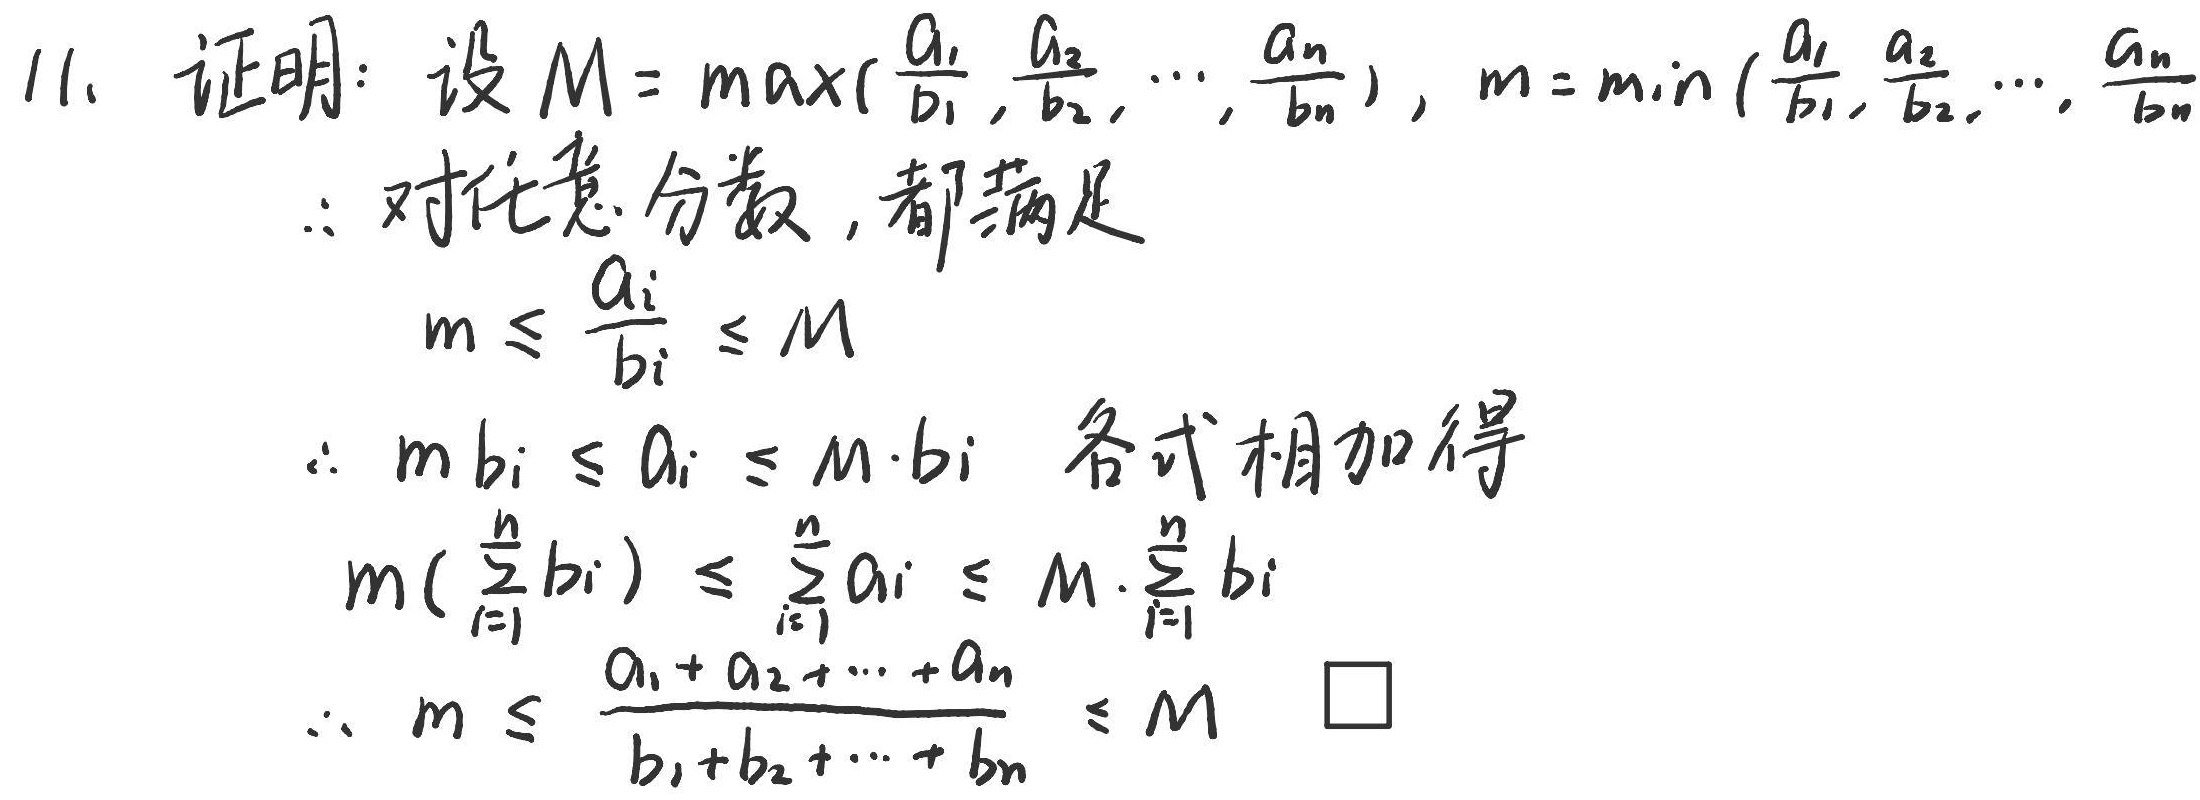
11. 证明：设 \(M=\max(\frac{a_1}{b_1},\frac{a_2}{b_2},\cdots,\frac{a_n}{b_n})\)，\(m = \min(\frac{a_1}{b_1},\frac{a_2}{b_2},\cdots,\frac{a_n}{b_n})\)。

\(\therefore\)对任意 \(i\)，都满足\(m\leq\frac{a_i}{b_i}\leq M\)。

\(\therefore mb_i\leq a_i\leq M\cdot b_i\)，各式相加得\(m(\sum_{i = 1}^{n}b_i)\leq\sum_{i = 1}^{n}a_i\leq M\cdot\sum_{i = 1}^{n}b_i\)。

\(\therefore m\leq\frac{a_1 + a_2+\cdots+a_n}{b_1 + b_2+\cdots+b_n}\leq M\) 。\(\square\)